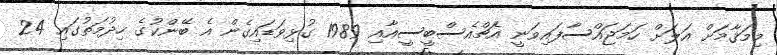
މިމަޤާމަށް އަލަށް ހަމަޖައްސާފައިވަނީ އެޗްއެސްބީސީއާއި 1989 ގުޅިވަޑައިގެން އެ ބޭންކުގެ ހިދުމަތުގައި 24